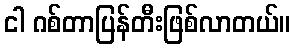
ငါ ဂစ်တာပြန်တီးဖြစ်လာတယ်။